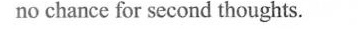
no chance for second thoughts.